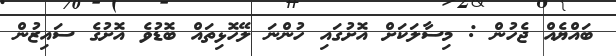
ބައްޔެއް ޖެހުން : މިސާލަކަށް އޮށުގައި ހުންނަ ލޭހޮޅިތައް ބޮޑުވެ އޮށުގެ ސައިޒުން